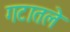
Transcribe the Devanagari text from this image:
गटातले